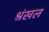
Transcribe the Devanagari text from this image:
श्रंखल